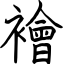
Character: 襘